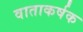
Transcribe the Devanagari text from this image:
वाताकर्षक